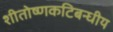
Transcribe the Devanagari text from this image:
शीतोष्णकटिबन्धीय